Civil Veterinary Department ledger series I-VI
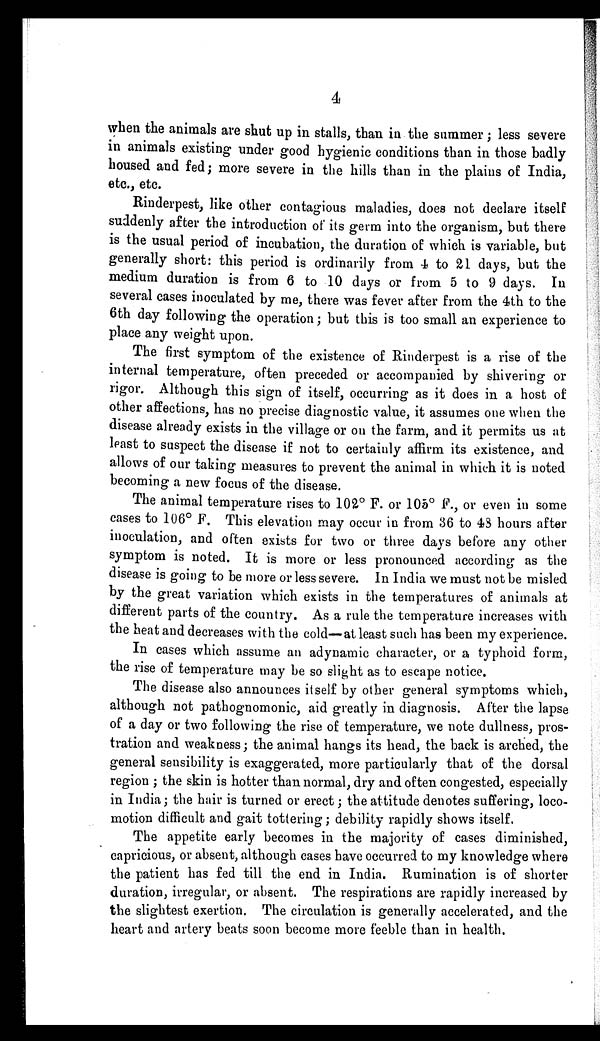
4
when the animals are shut up in stalls, than in the summer; less severe
in animals existing under good hygienic conditions than in those badly
housed and fed; more severe in the hills than in the plains of India,
etc., etc.
Rinderpest, like other contagious maladies, does not declare itself
suddenly after the introduction of its germ into the organism, but there
is the usual period of incubation, the duration of which is variable, but
generally short: this period is ordinarily from 4 to 21 days, but the
medium duration is from 6 to 10 days or from 5 to 9 days. In
several cases inoculated by me, there was fever after from the 4th to the
6th day following the operation; but this is too small an experience to
place any weight upon.
The first symptom of the existence of Rinderpest is a rise of the
internal temperature, often preceded or accompanied by shivering or
rigor. Although this sign of itself, occurring as it does in a host of
other affections, has no precise diagnostic value, it assumes one when the
disease already exists in the village or on the farm, and it permits us at
least to suspect the disease if not to certainly affirm its existence, and
allows of our taking measures to prevent the animal in which it is noted
becoming a new focus of the disease.
The animal temperature rises to 102° F. or 105° F., or even in some
cases to 106° F. This elevation may occur in from 36 to 48 hours after
inoculation, and often exists for two or three days before any other
symptom is noted. It is more or less pronounced according as the
disease is going to be more or less severe. In India we must not be misled
by the great variation which exists in the temperatures of animals at
different parts of the country. As a rule the temperature increases with
the heat and decreases with the cold—at least such has been my experience.
In cases which assume an adynamic character, or a typhoid form,
the rise of temperature may be so slight as to escape notice.
The disease also announces itself by other general symptoms which,
although not pathognomonic, aid greatly in diagnosis. After the lapse
of a day or two following the rise of temperature, we note dullness, pros-
tration and weakness; the animal hangs its head, the back is arched, the
general sensibility is exaggerated, more particularly that of the dorsal
region; the skin is hotter than normal, dry and often congested, especially
in India; the hair is turned or erect; the attitude denotes suffering, loco-
motion difficult and gait tottering; debility rapidly shows itself.
The appetite early becomes in the majority of cases diminished,
capricious, or absent, although cases have occurred to my knowledge where
the patient has fed till the end in India. Rumination is of shorter
duration, irregular, or absent. The respirations are rapidly increased by
the slightest exertion. The circulation is generally accelerated, and the
heart and artery beats soon become more feeble than in health.